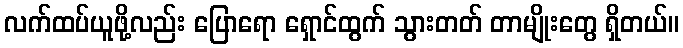
လက်ထပ်ယူဖို့လည်း ပြောရော ရှောင်ထွက် သွားတတ် တာမျိုးတွေ ရှိတယ်။